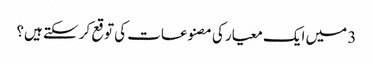
3 میں ایک معیار کی مصنوعات کی توقع کر سکتے ہیں؟